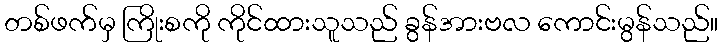
တစ်ဖက်မှ ကြိုးစကို ကိုင်ထားသူသည် ခွန်အားဗလ ကောင်းမွန်သည်။